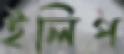
ইলিপ